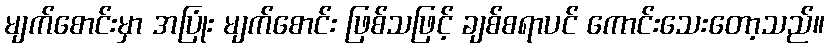
မျက်စောင်းမှာ အပြုံး မျက်စောင်း ဖြစ်သဖြင့် ချစ်စရာပင် ကောင်းသေးတော့သည်။